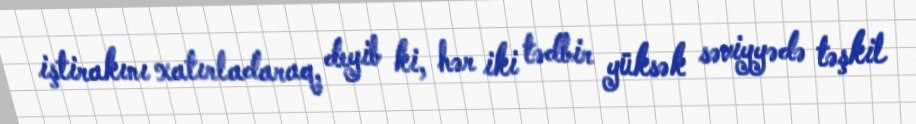
iştirakını xatırladaraq, deyib ki, hər iki tədbir yüksək səviyyədə təşkil